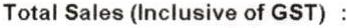
TOTAL SALES (INCLUSIVE OF GST) :